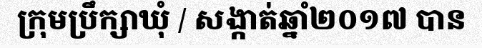
ក្រុមប្រឹក្សាឃុំ / សង្កាត់ឆ្នាំ២០១៧ បាន